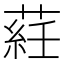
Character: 𦷺